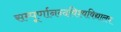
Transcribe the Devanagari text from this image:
सम्पूर्णानन्दविश्वविद्यालय